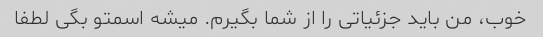
خوب، من باید جزئیاتی را از شما بگیرم. میشه اسمتو بگی لطفا